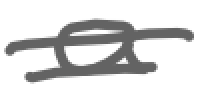
Text: a
Cross-out: wave
Writing tool: digital_gray